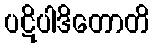
ပဋိပါဒိတောတိ